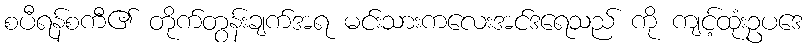
စပီရန်စကီ၏ တိုက်တွန်းချက်အရ မင်းသားကလေးအင်ဒရေသည် ကို ကျင့်ထုံးဥပဒေ